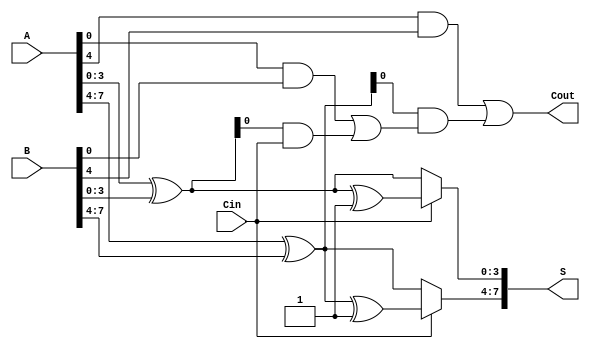
module CarrySelectAdder #(parameter N = 8) (
    input [N-1:0] A,
    input [N-1:0] B,
    input Cin,
    output [N-1:0] S,
    output Cout
);

    // Number of blocks
    localparam BLOCK_SIZE = 4;
    localparam NUM_BLOCKS = N / BLOCK_SIZE;

    // Intermediate signals
    wire [BLOCK_SIZE-1:0] S0 [0:NUM_BLOCKS-1];
    wire [BLOCK_SIZE-1:0] S1 [0:NUM_BLOCKS-1];
    wire [NUM_BLOCKS-1:0] C0, C1;
    wire [NUM_BLOCKS-1:0] G, P;
    wire [NUM_BLOCKS:0] C; // Carry out for each block

    // Generate and propagate signals for each block
    genvar i;
    generate
        for (i = 0; i < NUM_BLOCKS; i = i + 1) begin : block
            wire [BLOCK_SIZE-1:0] A_block = A[(i+1)*BLOCK_SIZE-1:i*BLOCK_SIZE];
            wire [BLOCK_SIZE-1:0] B_block = B[(i+1)*BLOCK_SIZE-1:i*BLOCK_SIZE];

            // Generate and propagate
            assign G[i] = A_block & B_block; // Generate
            assign P[i] = A_block ^ B_block; // Propagate

            // Sum when Cin = 0
            assign S0[i] = A_block ^ B_block;
            assign C0[i] = G[i] | (P[i] & C[i]); // Carry out when Cin = 0

            // Sum when Cin = 1
            assign S1[i] = S0[i] ^ 1'b1; // Flip the sum for Cin = 1
            assign C1[i] = G[i] | (P[i] & C[i]); // Carry out when Cin = 1
        end
    endgenerate

    // Carry lookahead logic
    assign C[0] = Cin; // Initial carry input
    generate
        for (i = 1; i <= NUM_BLOCKS; i = i + 1) begin : carry_logic
            assign C[i] = G[i-1] | (P[i-1] & C[i-1]);
        end
    endgenerate

    // Final sum and carry out selection
    generate
        for (i = 0; i < NUM_BLOCKS; i = i + 1) begin : mux
            assign S[(i+1)*BLOCK_SIZE-1:i*BLOCK_SIZE] = (Cin ? S1[i] : S0[i]);
            assign Cout = C[NUM_BLOCKS];
        end
    endgenerate

endmodule